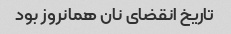
تاریخ انقضای نان همانروز بود